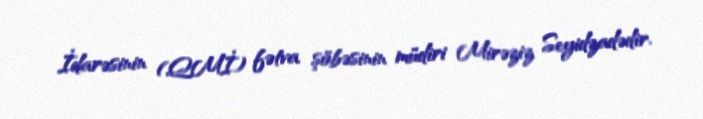
İdarəsinin (QMİ) fətva şöbəsinin müdiri Mirəziz Seyidzadədir.